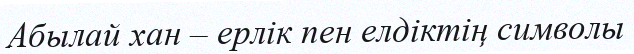
Абылай хан – ерлік пен елдіктің символы